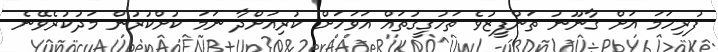
ފުރިހަމަ އަށް ގާނޫނު ތަންފީޒުވެ ތަހުގީގުތައް އަވަހަށް ކުރިއަށްދާ ނަމަ ކުށްކުރުން މަދުކުރެވޭނެ